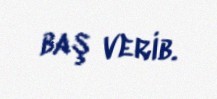
baş verib.